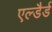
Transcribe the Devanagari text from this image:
एल्डैर्ड